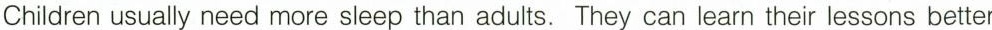
Children usually need more sleep than adults. They can learn their lessons better